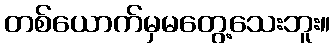
တစ်ယောက်မှမတွေ့သေးဘူး။